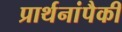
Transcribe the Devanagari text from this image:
प्रार्थनांपैकी